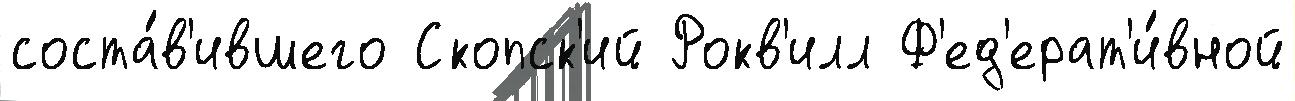
соста́в'ившего Скопск'ий Рокв'илл Ф'ед'ерат'и́вной